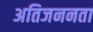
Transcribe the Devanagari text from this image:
अतिजननता